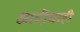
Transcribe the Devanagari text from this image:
आदींचाही